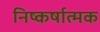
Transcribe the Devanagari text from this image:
निष्कर्षात्मक